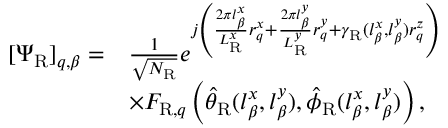
\begin{array} { r l } { [ \boldsymbol { \Psi } _ { \mathrm { R } } ] _ { q , \beta } = } & { \frac { 1 } { \sqrt { N _ { \mathrm { R } } } } e ^ { j \left( \frac { 2 \pi l _ { \beta } ^ { x } } { L _ { \mathrm { R } } ^ { x } } r _ { q } ^ { x } + \frac { 2 \pi l _ { \beta } ^ { y } } { L _ { \mathrm { R } } ^ { y } } r _ { q } ^ { y } + \gamma _ { \mathrm { R } } ( l _ { \beta } ^ { x } , l _ { \beta } ^ { y } ) r _ { q } ^ { z } \right) } } \\ & { \times F _ { \mathrm { R } , q } \left( \hat { \theta } _ { \mathrm { R } } ( l _ { \beta } ^ { x } , l _ { \beta } ^ { y } ) , \hat { \phi } _ { \mathrm { R } } ( l _ { \beta } ^ { x } , l _ { \beta } ^ { y } ) \right) , } \end{array}